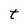
Character: t